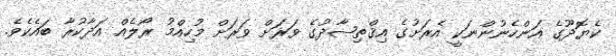
ކެޔޮދޫގެ އަންހެނުންނަކީ އެރަށުގެ އިޤްތިޞާދުގެ ވަރަށް ވަރަށް މުހިއްމު ރޯލެއް އަދާކުރާ ބައެކެވެ.